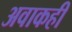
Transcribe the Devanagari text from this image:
अवाकही